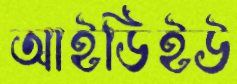
আইডিইউ